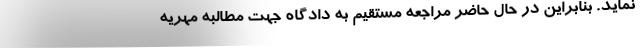
نماید. بنابراین در حال حاضر مراجعه مستقیم به دادگاه جهت مطالبه مهریه